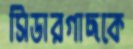
সিডারগাছকে